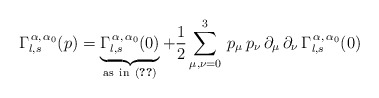
\begin{align*}\Gamma_{l,s}^{\,\alpha,\,\alpha_{0}}(p)=\underbrace{\Gamma_{l,s}^{\,\alpha,\,\alpha_{0}}(0)}_{\rm{as\ in\ (\ref{gao}})}+\frac{1}{2}\sum_{\mu,\nu=0}^{3}\,p_{\mu}\,p_{\nu}\,\partial_{\mu}\,\partial_{\nu}\,\Gamma_{l,s}^{\,\alpha,\,\alpha_{0}}(0)\end{align*}